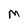
Character: M